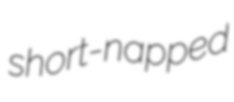
short-napped